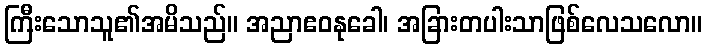
ကြီးသောသူ၏အမိသည်။ အညာဧဝနုခေါ၊ အခြားတပါးသာဖြစ်လေသလော။